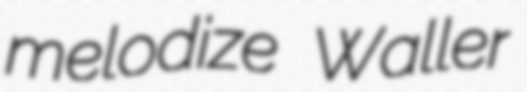
melodize Waller